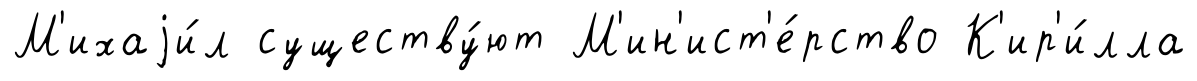
М'ихаjи́л существу́ют М'ин'ист'е́рство К'ир'и́лла